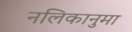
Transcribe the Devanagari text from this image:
नलिकानुमा